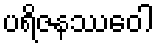
ပရိဇနဿဝေါ